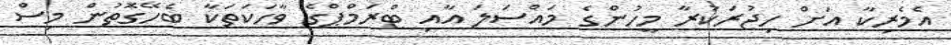
އެމެރިކާ އަށް ހިޖުރަކުރާ މީހުންގެ މައްސަލަ އާއި ޓްރަމްޕްގެ ވާހަކަތަކާ ބެހޭގޮތުން މިސް